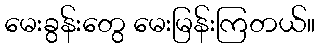
မေးခွန်းတွေ မေးမြန်းကြတယ်။